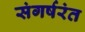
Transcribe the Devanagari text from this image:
संगर्षरंत